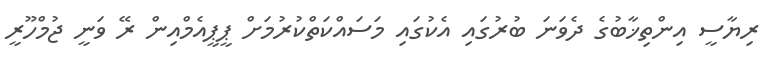
ރިޔާސީ އިންތިޚާބުގެ ދެވަނަ ބުރުގައި އެކުގައި މަސައްކަތްކުރުމަށް ޕީޕީއެމްއިން ރޭ ވަނީ ޖުމްހޫރީ